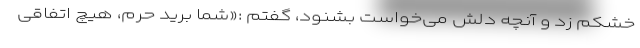
خشکم زد و آنچه دلش می‌خواست بشنود، گفتم :«شما برید حرم، هیچ اتفاقی